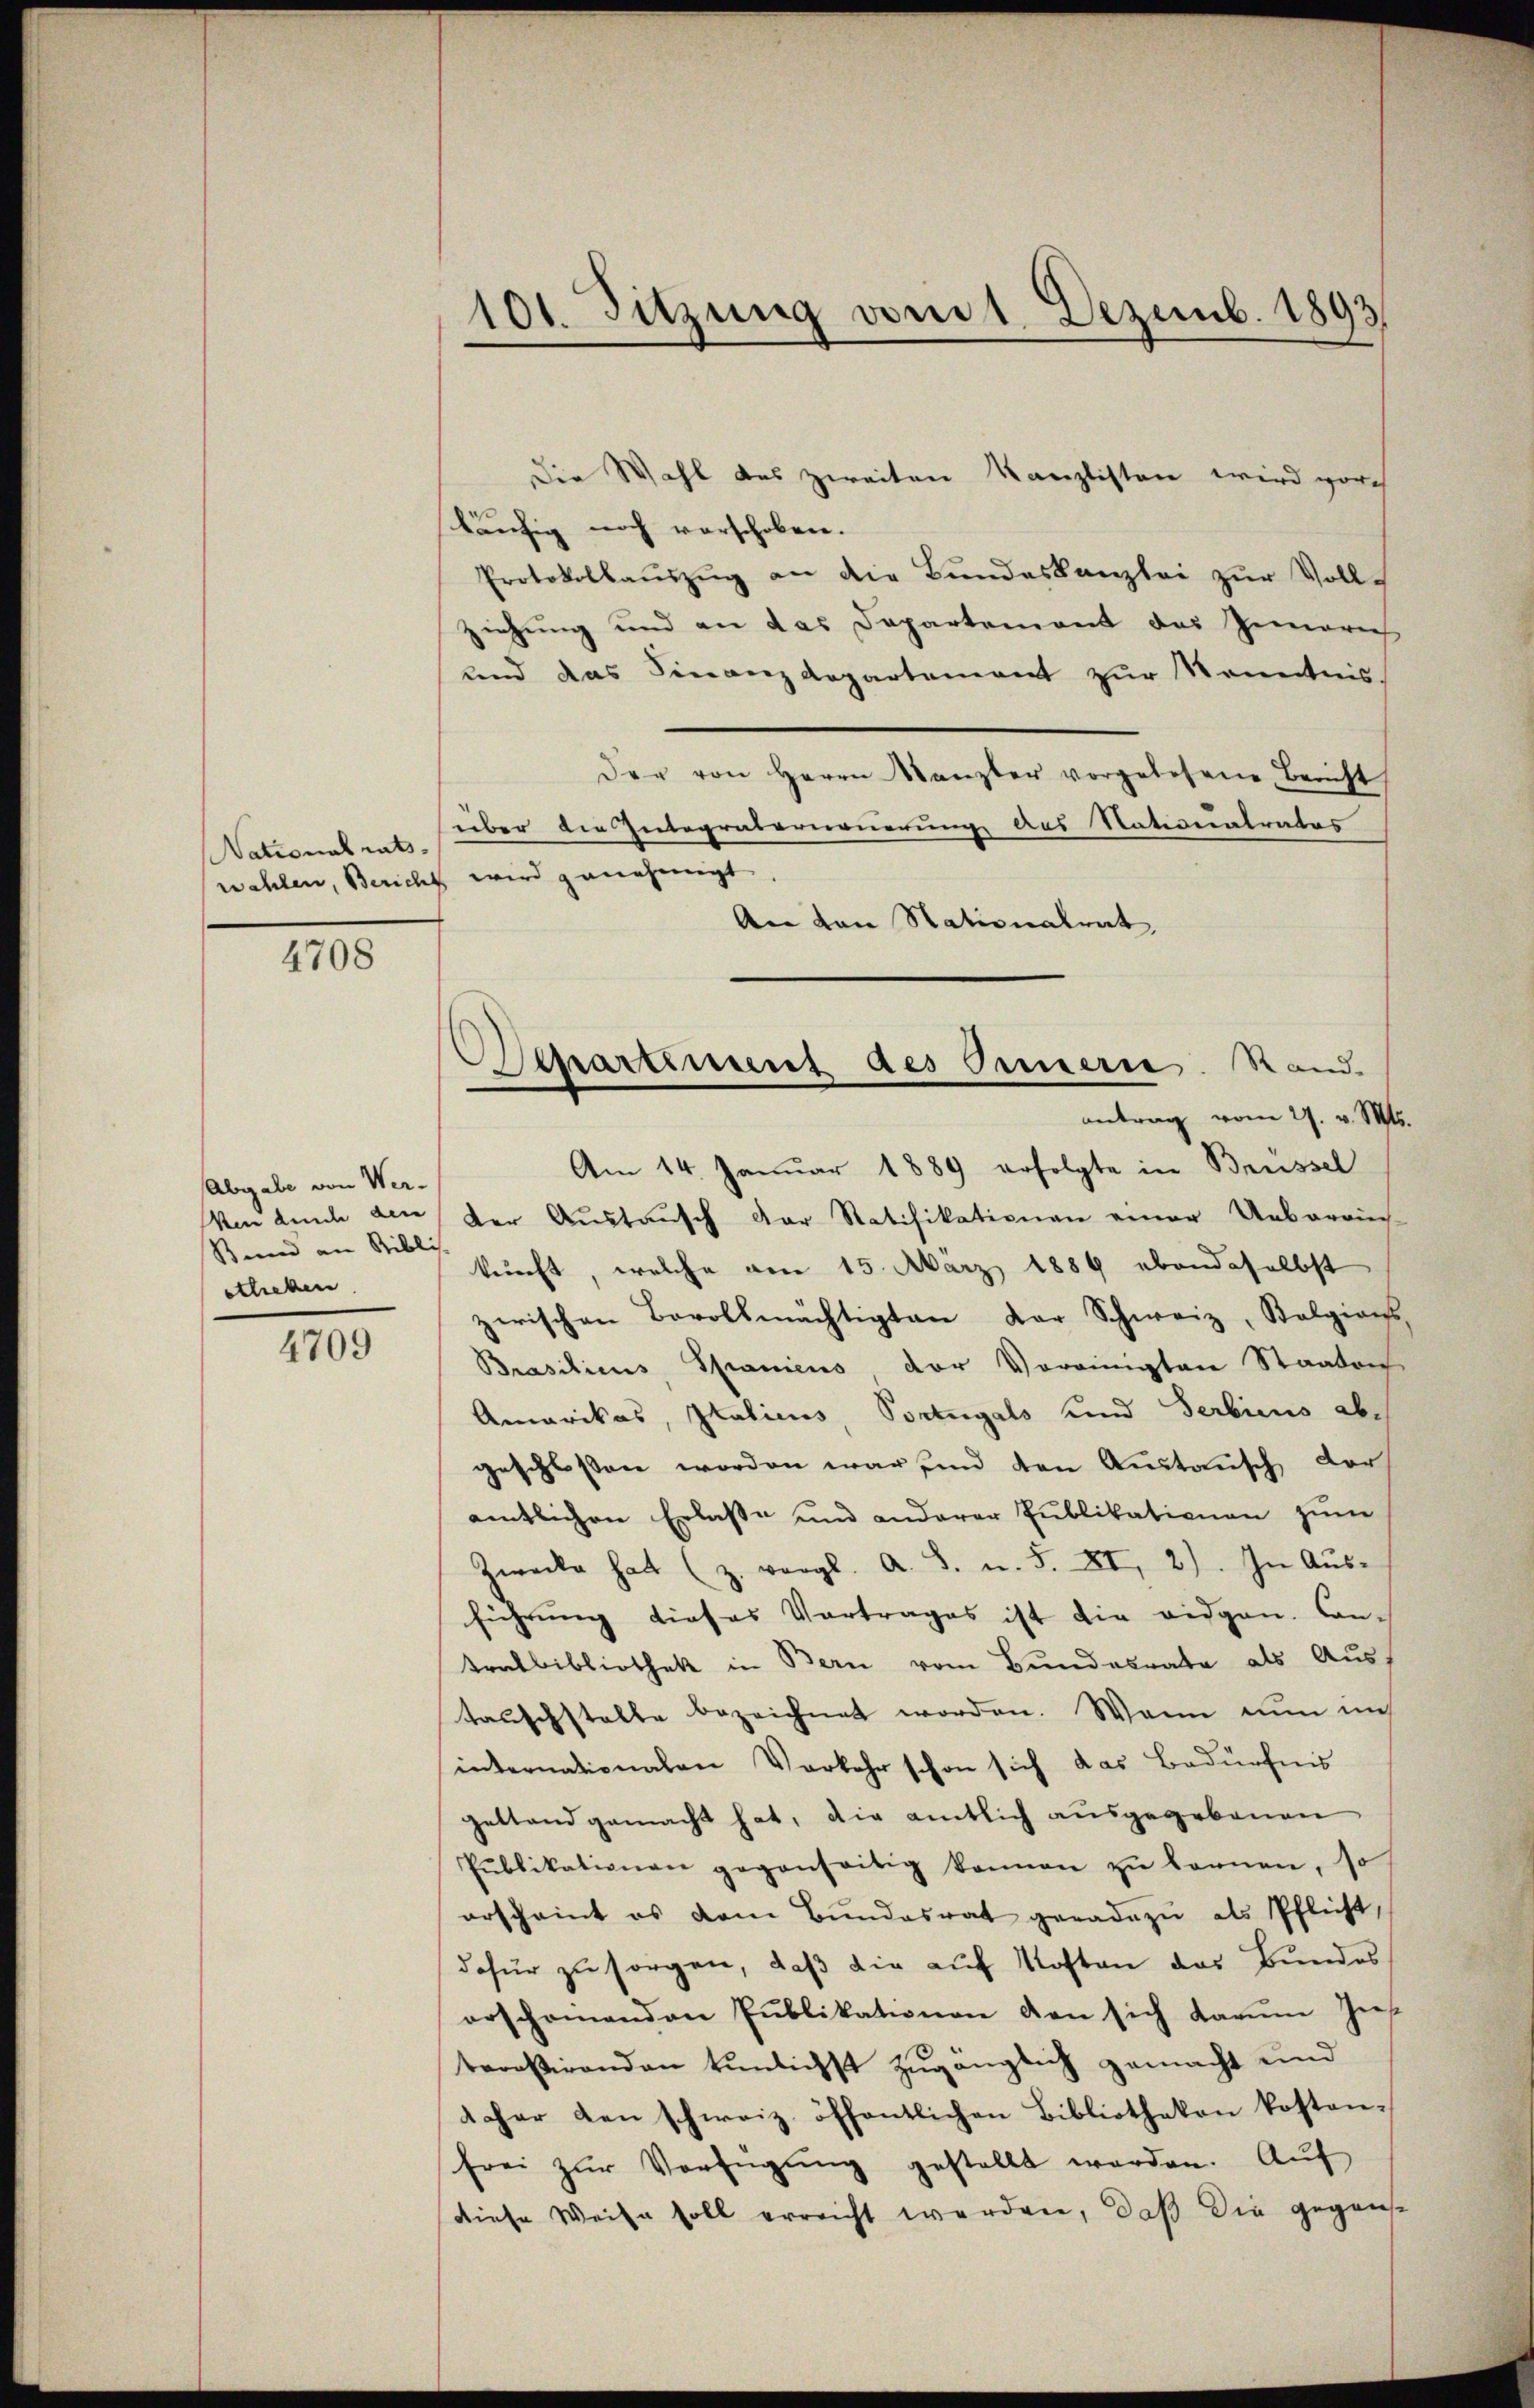
Nationalrats-
wahlen, Bericht

4708

Abgabe von Ver¬
Ven Kind den
Sund an Sibli
stlieben

4709

101. Sitzung vom 1. Dezemb. 1893

läufig noch verschoben.
Protokollaŭszŭg an die Bŭndeskanzlei zŭr Voll-
ziehung und an das Departement des Gemariel
und das Finanzdepartement zur Kenntnis
Der von Herrn Kanzler vorgelesene Bericht
über die Zutegraberneuerung des Nationalrates
 wird genehmigt.
An von Nationalrat,
Am 14. Januar 1889 erfolgte in Brüssel
der Aŭstaŭsch der Ratifikationen einer Ueberein
kunft, welche am 15. März 1889 ebendaselbst
zerischen Bevollmächtigten der Schweiz, Kolgions
Brasilicus Spaniens der Vereinigten Staaten
Amarikas, Italicus, Portugals und Serbiens abgeschlossen worden war und den Anstansch der
amtlichen Erlaße und anderer Publikationen zum
Zwecke hatt (z. vergl. A. S. u. S. XI, 2). In Aŭs-
führung dieses Vortrages ist die eidgen. Can-
tralbibliothek in Bern vom Bundesrate als Austauschstelle bezeichnet worden. Wann nun ins
internationalen Vorkehr schon sich das Bedürfnis
gestand gemacht hat, die amtlich ausgegebenen
Publikationen gegenseitig können zu können, so
erscheint es dem Bŭndesrat geradezu als Pflicht,
dafür zu sorgen, daß die auf Kosten das Bundes
erschonenden Publikationen den sich kamme Ins
tereßirenden tunlichst zugänglich gemacht und
dchar den schweiz. öffentlichen Bibliotheken kosten-
frei zŭr Verfügŭng gestellt werden. Auf
diese Weise soll erreicht werden, daß die gegen¬

Die Wahl des zweiten Kanzlisten wird vorh

Achartement des Innern. Rand.
antrag vom 27. v. Mts.